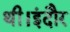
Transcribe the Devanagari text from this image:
थी।इंदौर